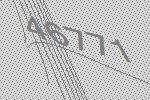
46771